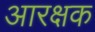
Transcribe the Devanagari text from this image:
आरक्षक